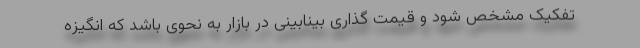
تفکیک مشخص شود و قیمت گذاری بینابینی در بازار به نحوی باشد که انگیزه